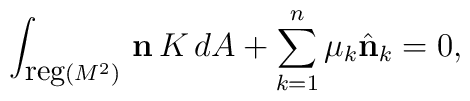
\int_{{\mbox{\small{reg}}} (M^2)}\, {\bf n}\, K\, dA + \sum_{k=1}^{n}\mu_k\hat{\bf n}_k = 0,